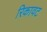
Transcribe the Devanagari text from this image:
रिकावट